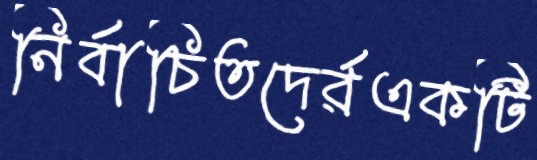
নির্বাচিতদের্রএকটি